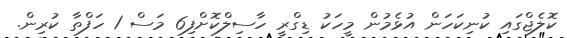
ކޮލެޖްގައި ކުނިކަހަން އުޅެމުން މީހަކު ޑިގްރީ ހާސިލްކޮށްފި6 މަސް 1 ހަފްތާ ކުރިން.